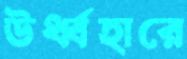
ঊর্ধ্বহারে